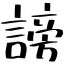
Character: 謗